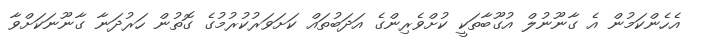
އެހެންކަމުން އެ ގާނޫނުލް އުގޫބާތަކީ ކުށްވެރިންގެ އަދަބުތައް ކަށަވަރުކުރުމުގެ ގޮތުން ހަރުދަނާ ގާނޫނަކަށްވާ